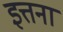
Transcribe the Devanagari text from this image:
इत्तना